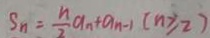
S _ { n } = \frac { n } { 2 } a _ { n } + a _ { n - 1 } ( n \geq 2 )